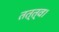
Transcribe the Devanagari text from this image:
तत्त्व।